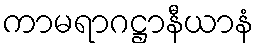
ကာမရာဂဋ္ဌာနီယာနံ